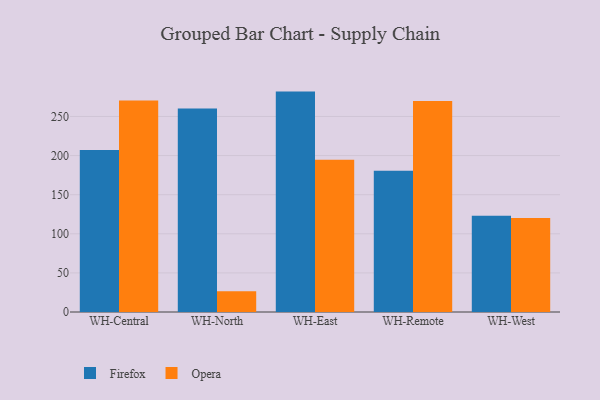
{"axis": {"x": "Warehouse", "y": "Production Output"}, "legend": ["Firefox", "Opera"], "data": [{"x": "WH-Central", "y": 207.2, "type": "Firefox"}, {"x": "WH-Central", "y": 270.5, "type": "Opera"}, {"x": "WH-North", "y": 260.3, "type": "Firefox"}, {"x": "WH-North", "y": 26.5, "type": "Opera"}, {"x": "WH-East", "y": 281.8, "type": "Firefox"}, {"x": "WH-East", "y": 194.6, "type": "Opera"}, {"x": "WH-Remote", "y": 180.7, "type": "Firefox"}, {"x": "WH-Remote", "y": 269.9, "type": "Opera"}, {"x": "WH-West", "y": 123.2, "type": "Firefox"}, {"x": "WH-West", "y": 120.3, "type": "Opera"}]}